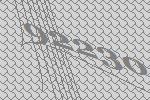
92230